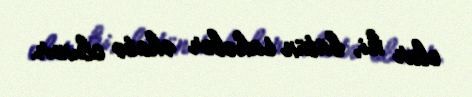
olar ki, bütün sahələr əhatə olunur.